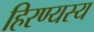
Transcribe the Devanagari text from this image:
हिरण्यस्य